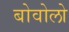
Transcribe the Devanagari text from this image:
बोवोलो